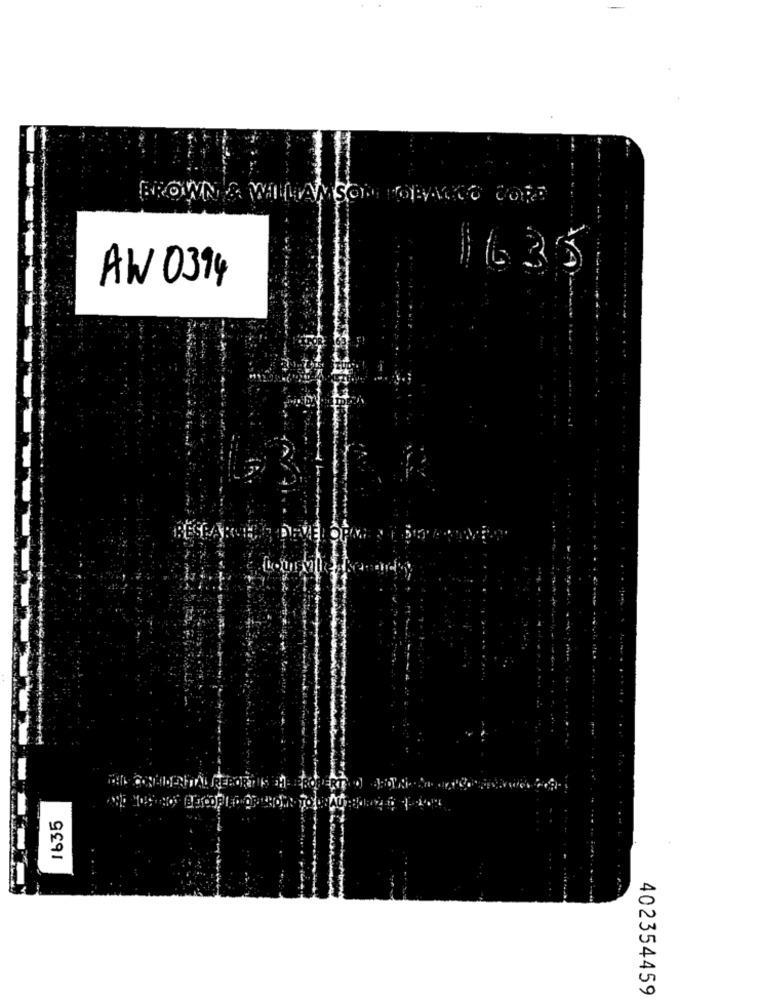
BROWN & WILLIAMSON TOBACCO CORE
AW 0394
RT
1635
10
402354459